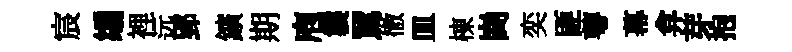
宸编裡远郢鑛期庖襲罵徹皿棟崗奕匪萼幕弇芽抱